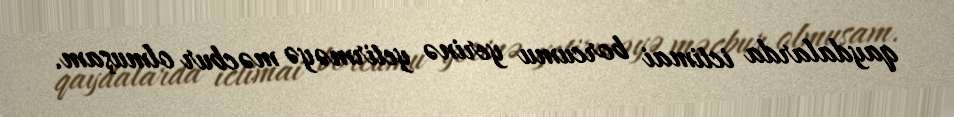
qaydalarda ictimai borcumu yerinə yetirməyə məcbur olmuşam.